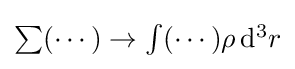
{\textstyle \sum (\cdots )\rightarrow \int (\cdots )\rho \,\mathrm {d} ^{3}r}